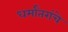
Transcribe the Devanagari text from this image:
धर्मांतरांचे